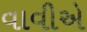
વાવીએ